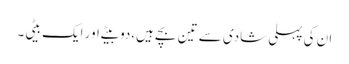
ان کی پہلی شادی سے تین بچے ہیں،دو بیٹے اور ایک بیٹی۔